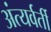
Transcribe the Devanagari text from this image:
अंत्यर्वर्ती